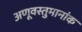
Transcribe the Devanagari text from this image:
अणूवस्तुमानांक